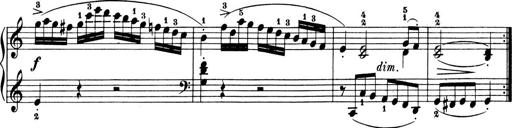
Title: 6 Piano Sonatinas
Composer: Cornelius Gurlitt